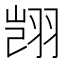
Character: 𫅥